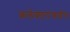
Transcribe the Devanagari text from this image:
कलेक्टरांकडेच